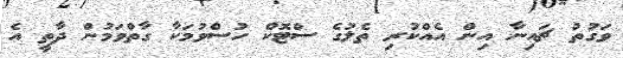
ވަގުތު ޗައިނާ އިން އެއްކުރި ތެލުގެ ސްޓޮކް ހުސްވުމަކާ ގާތްވަމުން ދާތީ އެ